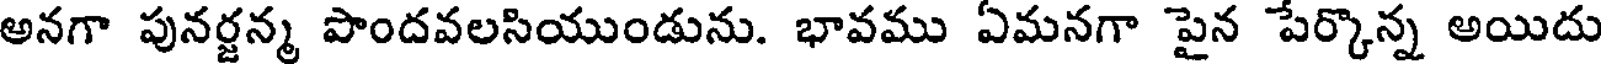
అనగా పునర్జన్మ పొందవలసియుండును. భావము ఏమనగా పైన పేర్కొన్న అయిదు